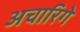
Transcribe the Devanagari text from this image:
अचारिगे